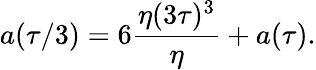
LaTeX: a(\tau/3)=6{\frac{\eta(3\tau)^{3}}{\eta}}+a(\tau).